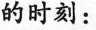
的时刻：